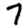
Digit: 7